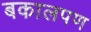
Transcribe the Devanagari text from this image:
बकालपण